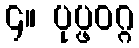
၄။ ပုပ္ဖဝဂ္ဂ